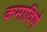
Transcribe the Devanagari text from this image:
कमाविणे